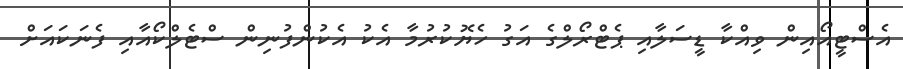
އެސްޓީއޯއިން ވިއްކާ ޑީސަލާއި ޕެޓްރޯލްގެ އަގު ހެޔޮކުރުމާ އެކު އެކުންފުނިން ސްޓެލްކޯއާއި ފެނަކައަށް